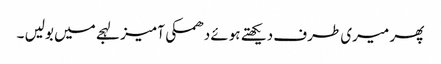
پھر میری طرف دیکھتے ہوئے دھمکی آمیز لہجے میں بولیں ۔